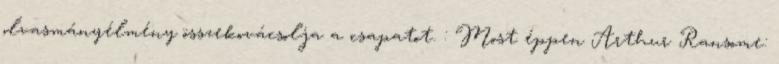
olvasmányélmény összekovácsolja a csapatot. : Most éppen Arthur Ransome: